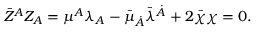
\bar { Z } ^ { \cal A } Z _ { \cal A } = \mu ^ { A } \lambda _ { A } - \bar { \mu } _ { \dot { A } } \bar { \lambda } ^ { \dot { A } } + 2 \bar { \chi } \chi = 0 .